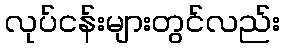
လုပ်ငန်းများတွင်လည်း